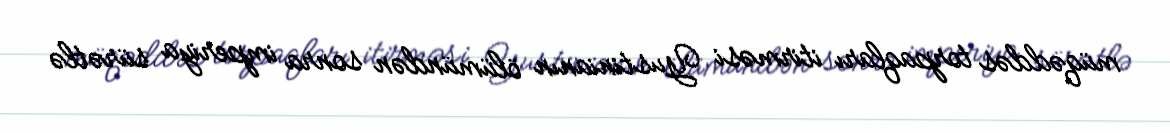
müqəddəs torpaqları itirməsi Yustinianın ölümündən sonra imperiya sürətlə